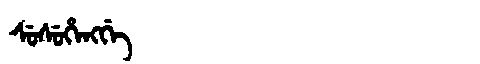
Manchu: ᠰᡠᠰᡠᡥᡝᠩᡤᡝ
Romanization: SUSUHENGGE